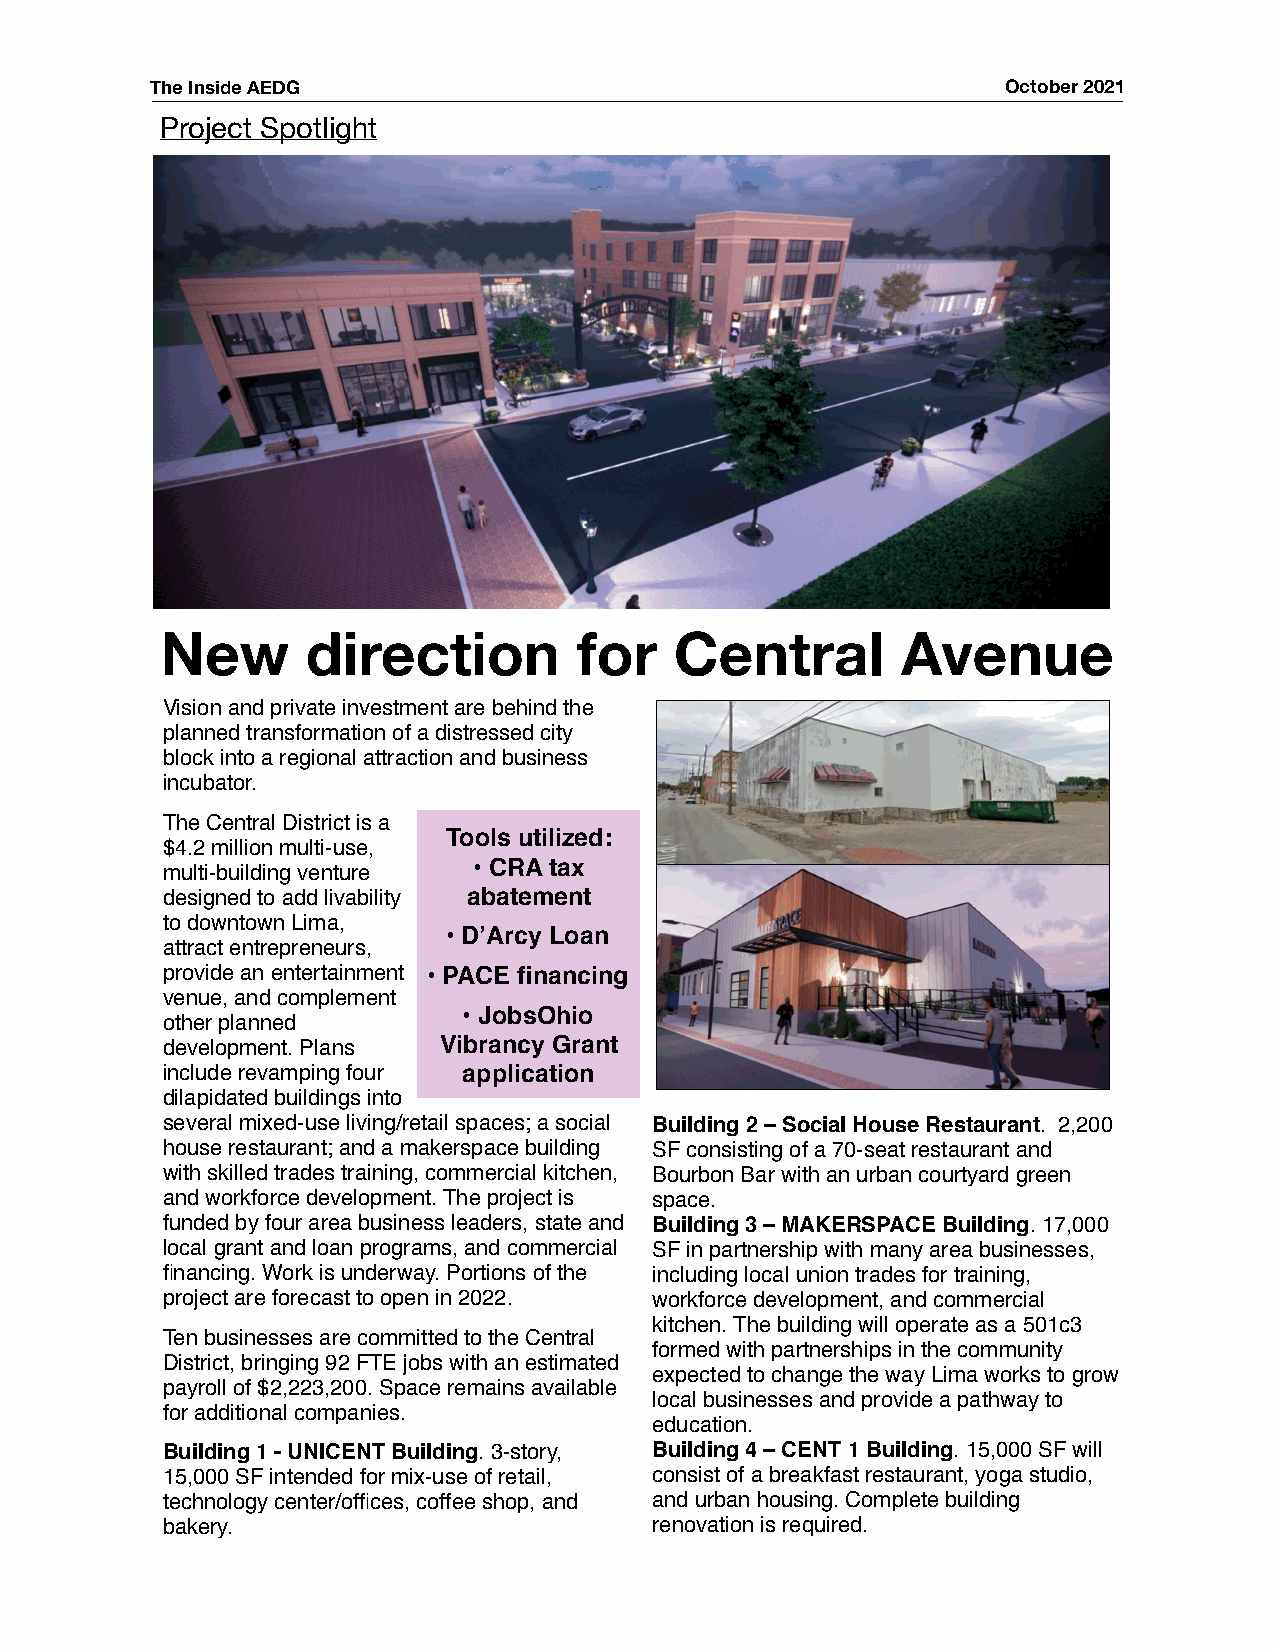
The Inside AEDG                                          October 2021
 Project Spotlight
 New      direction         for    Central        Avenue
 Vision and private investment are behind the
 planned transformation of a distressed city
 block into a regional attraction and business
 incubator.
 The Central District is a
 Tools utilized:
 $4.2 million multi-use,
 • CRA tax
 multi-building venture
 designed to add livability abatement
 to downtown Lima,
 • D’Arcy Loan
 attract entrepreneurs,
 provide an entertainment • PACE financing
 venue, and complement
 • JobsOhio
 other planned
 development. Plans Vibrancy Grant
 include revamping four application
 dilapidated buildings into
 several mixed-use living/retail spaces; a social Building 2 – Social House Restaurant. 2,200
 house restaurant; and a makerspace building SF consisting of a 70-seat restaurant and
 with skilled trades training, commercial kitchen, Bourbon Bar with an urban courtyard green
 and workforce development. The project is space.
 funded by four area business leaders, state and Building 3 – MAKERSPACE Building. 17,000
 local grant and loan programs, and commercial SF in partnership with many area businesses,
 financing. Work is underway. Portions of the including local union trades for training,
 project are forecast to open in 2022. workforce development, and commercial
 kitchen. The building will operate as a 501c3
 Ten businesses are committed to the Central
 formed with partnerships in the community
 District, bringing 92 FTE jobs with an estimated
 expected to change the way Lima works to grow
 payroll of $2,223,200. Space remains available
 local businesses and provide a pathway to
 for additional companies.
 education.
 Building 1 - UNICENT Building. 3-story, Building 4 – CENT 1 Building. 15,000 SF will
 15,000 SF intended for mix-use of retail, consist of a breakfast restaurant, yoga studio,
 technology center/offices, coffee shop, and and urban housing. Complete building
 bakery.                         renovation is required.